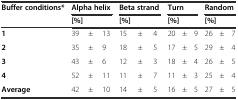
<table><thead><tr><td><b>Buffer conditions*</b></td><td colspan="3"><b>Alpha helix</b></td><td colspan="3"><b>Beta strand</b></td><td colspan="3"><b>Turn</b></td><td colspan="3"><b>Random</b></td></tr><tr><td></td><td colspan="3"><b>[%]</b></td><td colspan="3"><b>[%]</b></td><td colspan="3"><b>[%]</b></td><td colspan="3"><b>[%]</b></td></tr></thead><tbody><tr><td><b>1</b></td><td>39</td><td>±</td><td>13</td><td>15</td><td>±</td><td>4</td><td>20</td><td>±</td><td>9</td><td>26</td><td>±</td><td>7</td></tr><tr><td><b>2</b></td><td>35</td><td>±</td><td>9</td><td>18</td><td>±</td><td>5</td><td>17</td><td>±</td><td>5</td><td>29</td><td>±</td><td>4</td></tr><tr><td><b>3</b></td><td>43</td><td>±</td><td>6</td><td>12</td><td>±</td><td>3</td><td>18</td><td>±</td><td>4</td><td>26</td><td>±</td><td>5</td></tr><tr><td><b>4</b></td><td>52</td><td>±</td><td>11</td><td>11</td><td>±</td><td>7</td><td>11</td><td>±</td><td>3</td><td>25</td><td>±</td><td>4</td></tr><tr><td><b>Average</b></td><td>42</td><td>±</td><td>10</td><td>14</td><td>±</td><td>5</td><td>16</td><td>±</td><td>5</td><td>27</td><td>±</td><td>5</td></tr></tbody></table>